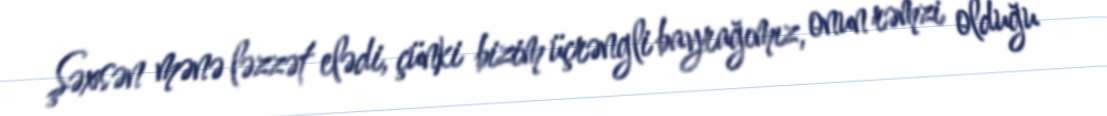
Şəxsən mənə ləzzət elədi, çünki bizim üçrəngli bayrağımız, onun rəmzi olduğu